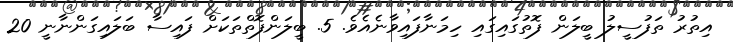
އިތުރު ތަފުސީލު ބީލަން ފޮތުގައިގައި ހިމަނާފައިވާނެއެވެ. 5. ބީލަންފޮތްތަކަށް ފައިސާ ބަލައިގަންނާނީ 20